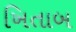
ખિતાબ